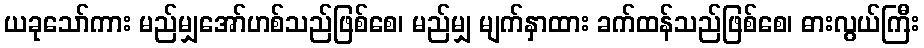
ယခုသော်ကား မည်မျှအော်ဟစ်သည်ဖြစ်စေ၊ မည်မျှ မျက်နှာထား ခက်ထန်သည်ဖြစ်စေ၊ ဓားလွယ်ကြီး